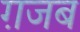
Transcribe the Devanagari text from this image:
ग़जब